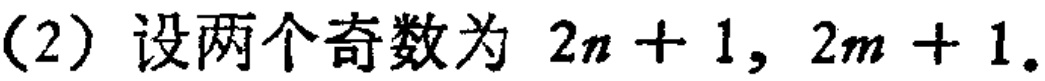
（2）设两个奇数为 \(2n + 1, 2m + 1\)。